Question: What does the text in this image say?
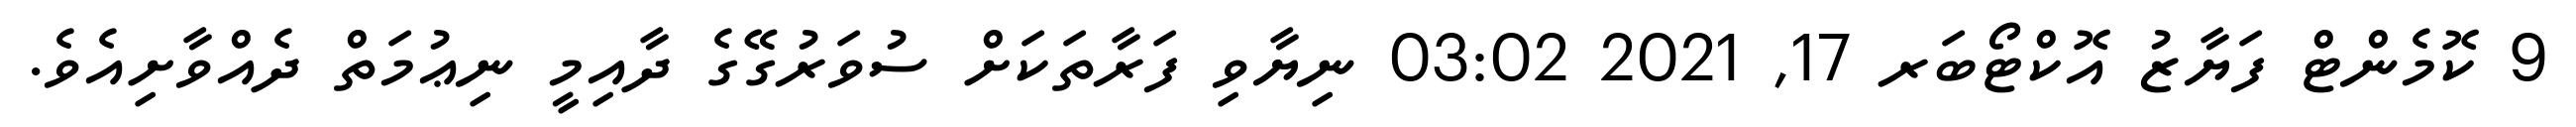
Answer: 9 ކޮމެންޓް ފަޔާޒު އޮކްޓޯބަރ 17, 2021 03:02 ނިޔާވި ފަރާތަކަށް ސުވަރުގޭގެ ދާއިމީ ނިޢުމަތް ދެއްވާށިއެވެ.